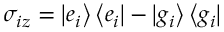
\sigma _ { i z } = \left| e _ { i } \right\rangle \left\langle e _ { i } \right| - \left| g _ { i } \right\rangle \left\langle g _ { i } \right|